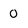
Character: 0